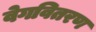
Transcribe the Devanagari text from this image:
वेगवितरण